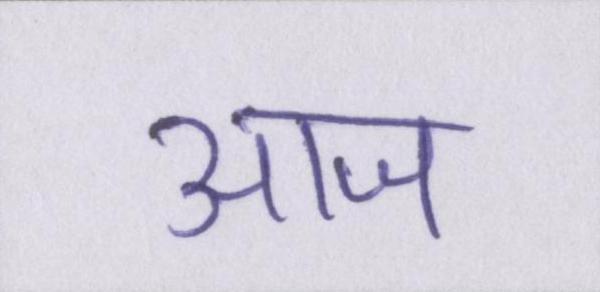
आज